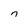
Character: n